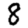
Digit: 8